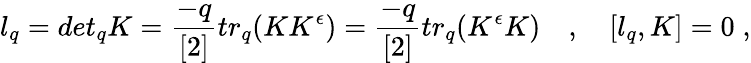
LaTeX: l_{q}=det_{q}K=\frac{-q}{[2]}tr_{q}(KK^{\epsilon})=\frac{-q}{[2]}tr_{q}(K^{\epsilon}K)\quad,\quad[l_{q},K]=0\; ,